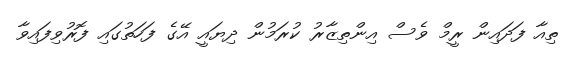
ތިއާ ފަދައިން ރީމް ވެސް އިންތިޒާރު ކުރަމުން ދިޔައީ އޭގެ ފަހަތުގައި ފޮރުވިފައިވާ